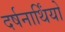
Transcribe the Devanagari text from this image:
दर्षनार्थिंयो